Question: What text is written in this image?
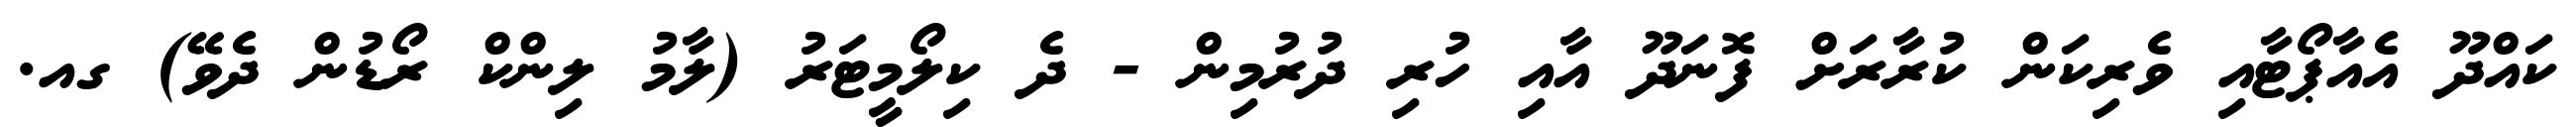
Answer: ކައްދޫ އެއާޕޯޓާއި ވެރިކަން ކުރާރަށް ފޮނަދޫ އާއި ހުރި ދުރުމިން - ދެ ކިލޯމީޓަރު (ލާމު ލިންކް ރޯޑުން ދެވޭ) ގއ.